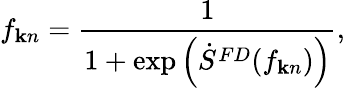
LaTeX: f_{{\mathbf k}n}=\frac{1}{1+\exp\left(\dot{S}^{FD}(f_{{\mathbf k}n})\right)},